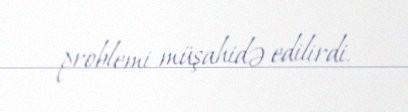
problemi müşahidə edilirdi.